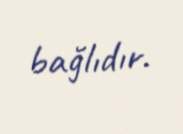
bağlıdır.